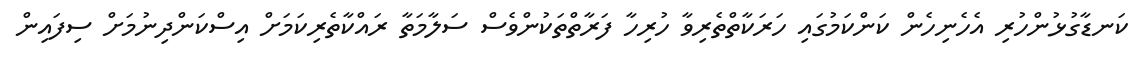
ކަނޑާގުޅުންހުރި އެހެނިހެން ކަންކަމުގައި ހަރަކާތްތެރިވާ ހުރިހާ ފަރާތްތަކުންވެސް ސަލާމަތާ ރައްކާތެރިކަމަށް އިސްކަންދިނުމަށް ސިފައިން